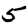
Digit: 5